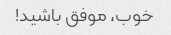
خوب، موفق باشید!